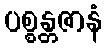
ပစ္စန္တဇာနံ